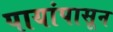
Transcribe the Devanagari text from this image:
पायांपासून